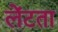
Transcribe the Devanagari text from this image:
लेंटता